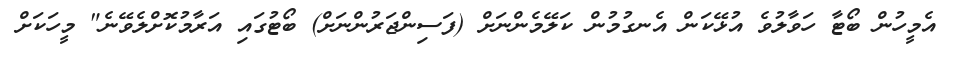
އެމީހުން ބޯޓާ ހަވާލުވެ އުޅޭކަން އެނގުމުން ކަލޭމެންނަށް (ފަސިންޖަރުންނަށް) ބޯޓުގައި އަރާމުކޮށްލެވޭނެ" މީހަކަށް